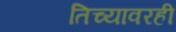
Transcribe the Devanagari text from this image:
तिच्यावरही